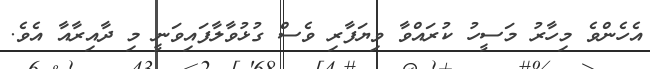
އެހެންވެ މިހާރު މަސީހު ކުރައްވާ ވިޔަފާރި ވެސް ގުޅުވާލާފައިވަނީ މި ދާއިރާއާ އެވެ.